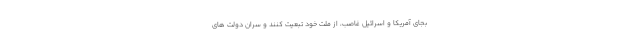
بجای آمریکا و اسرائیل غاصب، از ملت خود تبعیت کنند و سران دولت های